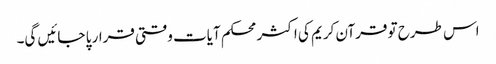
اس طرح تو قرآن کریم کی اکثر محکم آیات وقتی قرار پا جائیں گی۔